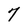
Character: 7